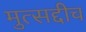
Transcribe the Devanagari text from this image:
मुत्सद्दीच